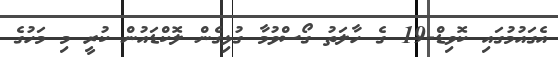
އެގައުމުގައި ކޮވިޑް-19 ގެ ހާލަތު ގޯސްވުމާ ގުޅިގެން ލޮކްޑައުން ކުރީ މި މަހުގެ